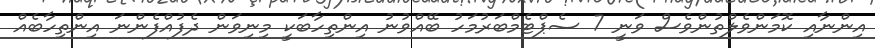
އިންނާއި ކޮމަންވެލްތުންވެސް ވަނީ 7 ސެޕްޓެމްބަރުމަހު ބޭއްވުނު އިންތިހާބަކީ މިނިވަން ދެފުއްފެންނަ އިންތިހާބެއް